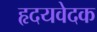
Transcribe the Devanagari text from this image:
हृदयवेदक